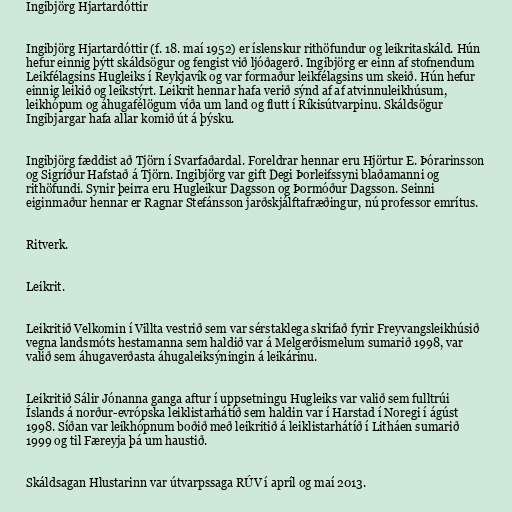
Ingibjörg Hjartardóttir

Ingibjörg Hjartardóttir (f. 18. maí 1952) er íslenskur rithöfundur og leikritaskáld. Hún
hefur einnig þýtt skáldsögur og fengist við ljóðagerð. Ingibjörg er einn af stofnendum
Leikfélagsins Hugleiks í Reykjavík og var formaður leikfélagsins um skeið. Hún hefur
einnig leikið og leikstýrt. Leikrit hennar hafa verið sýnd af af atvinnuleikhúsum,
leikhópum og áhugafélögum víða um land og flutt í Ríkisútvarpinu. Skáldsögur
Ingibjargar hafa allar komið út á þýsku.

Ingibjörg fæddist að Tjörn í Svarfaðardal. Foreldrar hennar eru Hjörtur E. Þórarinsson
og Sigríður Hafstað á Tjörn. Ingibjörg var gift Degi Þorleifssyni blaðamanni og
rithöfundi. Synir þeirra eru Hugleikur Dagsson og Þormóður Dagsson. Seinni
eiginmaður hennar er Ragnar Stefánsson jarðskjálftafræðingur, nú professor emrítus.

Ritverk.

Leikrit.

Leikritið Velkomin í Villta vestrið sem var sérstaklega skrifað fyrir Freyvangsleikhúsið
vegna landsmóts hestamanna sem haldið var á Melgerðismelum sumarið 1998, var
valið sem áhugaverðasta áhugaleiksýningin á leikárinu.

Leikritið Sálir Jónanna ganga aftur í uppsetningu Hugleiks var valið sem fulltrúi
Íslands á norður-evrópska leiklistarhátíð sem haldin var í Harstad í Noregi í ágúst
1998. Síðan var leikhópnum boðið með leikritið á leiklistarhátíð í Litháen sumarið
1999 og til Færeyja þá um haustið.

Skáldsagan Hlustarinn var útvarpssaga RÚV í apríl og maí 2013.